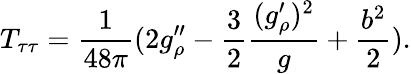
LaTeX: T_{\tau\tau}={\frac{1}{48\pi}}(2g_{\rho}^{\prime\prime}-{\frac{3}{2}}{\frac{(g_{\rho}^{\prime})^{2}}{g}}+{\frac{b^{2}}{2}}).